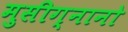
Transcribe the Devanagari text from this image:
मुसीग्नानो